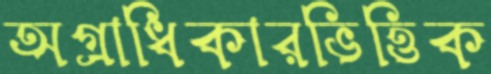
অগ্রাধিকারভিত্তিক